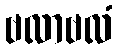
ဗလာဗလံ